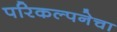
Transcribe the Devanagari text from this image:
परिकल्पनेचा